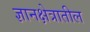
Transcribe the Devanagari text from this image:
ज्ञानक्षेत्रातील